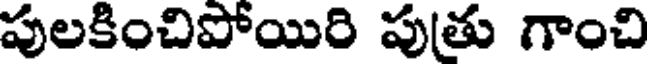
పులకించిపోయిరి పుతు గాంచి